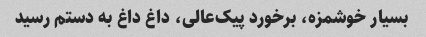
بسیار خوشمزه، برخورد پیک‌عالی، داغ داغ به دستم رسید